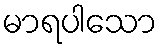
မာရပါသော